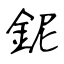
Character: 鈮